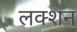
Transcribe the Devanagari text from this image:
लक्शन